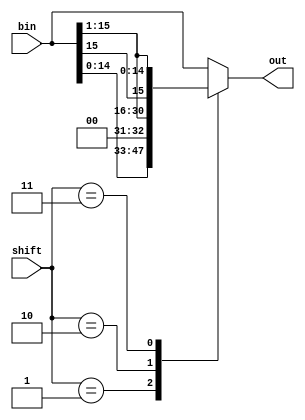
/*Lab 5 shifter module*/
module shifter(shift,bin,out);
input [15:0] bin;
input [1:0] shift;
output reg [15:0] out;  

  always @(*) begin
    case(shift) 
      2'b01: out = bin << 1; //shift left one 
      2'b10: out = bin >> 1; //shift right one
      2'b11: out = $signed(bin) >>> 1; //shift right one and copy leftmost bit into leftmost afterwards 
      default: out = bin; //default is 2'b00
    endcase 
  end 
endmodule